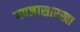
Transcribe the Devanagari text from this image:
गण्जासारखा